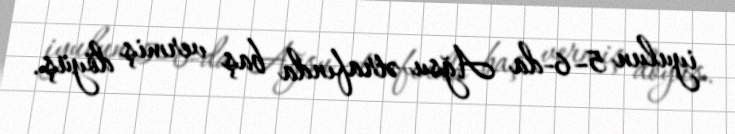
iyulun 5–6-da Ağsu ətrafında baş vermiş döyüş.